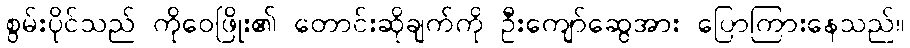
စွမ်းပိုင်သည် ကိုဝေဖြိုး၏ တောင်းဆိုချက်ကို ဦးကျော်ဆွေအား ပြောကြားနေသည်။